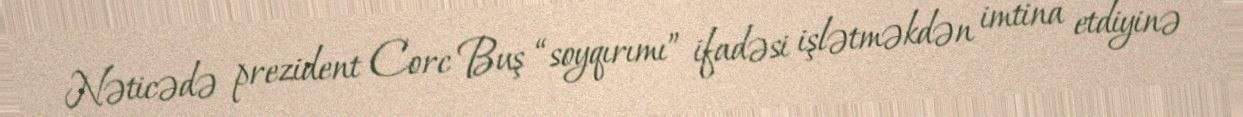
Nəticədə prezident Corc Buş “soyqırımı” ifadəsi işlətməkdən imtina etdiyinə